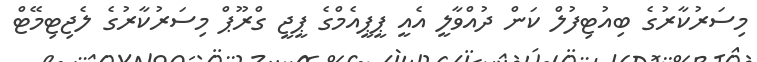
މިސަރުކާރުގެ ބިއުޓިފުލް ކަން ދުއްވާލީ އެއީ ޕީޕީއެމްގެ ޕީޖީ ގްރޫޕް މިސަރުކާރުގެ ލެޖިޓިމޭޓް